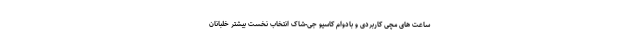
ساعت های مچی کاربردی و بادوام کاسیو جی-شاک انتخاب نخست بیشتر خلبانان